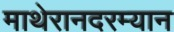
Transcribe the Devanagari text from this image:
माथेरानदरम्यान